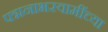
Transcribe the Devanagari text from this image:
पद्मनाभस्वामींच्या